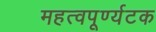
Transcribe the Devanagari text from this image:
महत्वपूर्ण्यटक